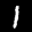
Label: 1